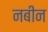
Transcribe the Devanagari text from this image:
नबीन